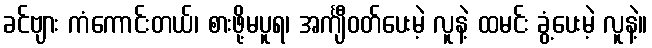
ခင်ဗျား ကံကောင်းတယ်၊ စားဖို့မပူရ၊ အင်္ကျီဝတ်ပေးမဲ့ လူနဲ့ ထမင်း ခွံ့ပေးမဲ့ လူနဲ့။